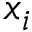
x _ { i }